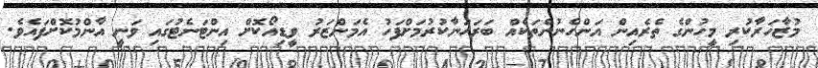
މުޒާހަރާކުރި މީހުންގެ ތެރެއިން އަންހެނުންތަކެއް ބަރަހަނާކުރުމަށްފަހު އެމަންޒަރު ވީޑިއޯކޮށް އިންޓަނެޓުގައި ވަނީ އާންމުކޮށްފައެވެ.